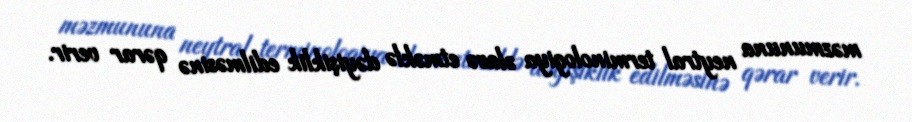
məzmununa neytral terminologiya əlavə etməklə dəyişiklik edilməsinə qərar verir.